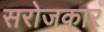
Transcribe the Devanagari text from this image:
सरोजकार